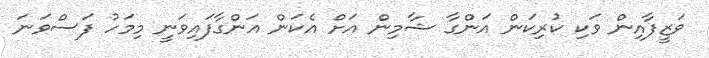
ވަޒީފާއިން ވަކި ކުރިކަން އަންގާ ޝާމިން އަށް އެކަން އަންގާފައިވަނީ މިމަހު ފަސްވަނަ